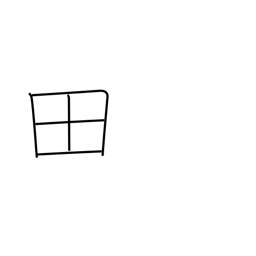
Meaning: rice field